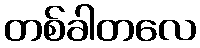
တစ်ခါတလေ